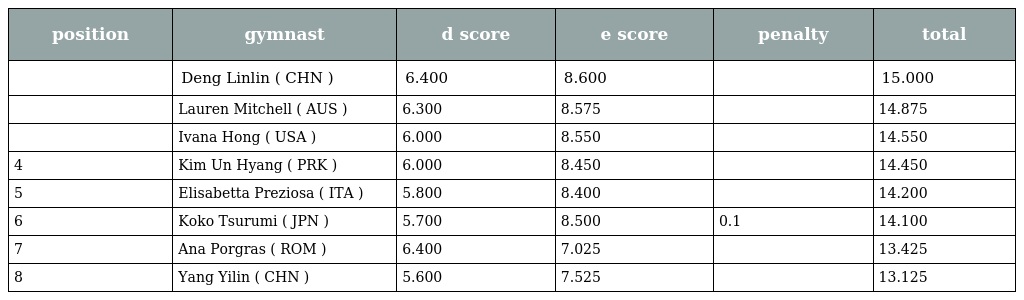
| position | gymnast | d score | e score | penalty | total |
 | --- | --- | --- | --- | --- | --- |
 |  | Deng Linlin ( CHN ) | 6.400 | 8.600 |  | 15.000 |
 |  | Lauren Mitchell ( AUS ) | 6.300 | 8.575 |  | 14.875 |
 |  | Ivana Hong ( USA ) | 6.000 | 8.550 |  | 14.550 |
 | 4 | Kim Un Hyang ( PRK ) | 6.000 | 8.450 |  | 14.450 |
 | 5 | Elisabetta Preziosa ( ITA ) | 5.800 | 8.400 |  | 14.200 |
 | 6 | Koko Tsurumi ( JPN ) | 5.700 | 8.500 | 0.1 | 14.100 |
 | 7 | Ana Porgras ( ROM ) | 6.400 | 7.025 |  | 13.425 |
 | 8 | Yang Yilin ( CHN ) | 5.600 | 7.525 |  | 13.125 |